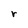
Character: r